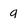
Character: q